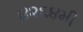
૪૨૬૪મી